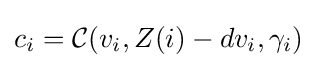
c_{i}={\mathcal {C}}(v_{i},Z(i)-dv_{i},\gamma _{i})